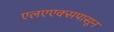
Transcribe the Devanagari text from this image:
एलएएक्सपासून